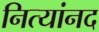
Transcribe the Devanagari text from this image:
नित्यांनद